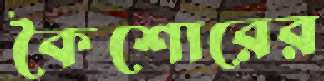
কৈশোরের